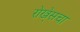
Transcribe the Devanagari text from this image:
रोखे्सचा